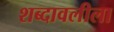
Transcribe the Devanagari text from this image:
शब्दावलीला